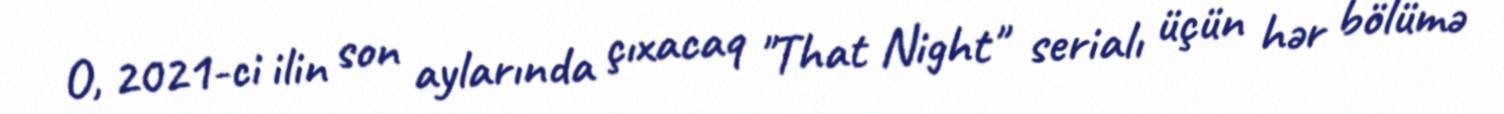
O, 2021-ci ilin son aylarında çıxacaq "That Night" serialı üçün hər bölümə